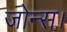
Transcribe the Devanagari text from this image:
जोन्स।